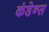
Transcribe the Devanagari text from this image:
कंडेन्स